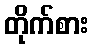
တိုက်စား